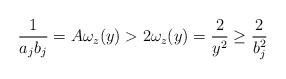
LaTeX: \begin{align*}\frac1{a_jb_j}=A\omega_z(y)> 2\omega_z(y)=\frac2{y^2}\ge\frac2{b_j^2}\end{align*}